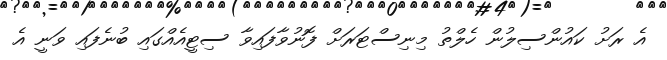
އެ ރަށު ކައުންސިލުން ހެލްތު މިނިސްޓަރަށް ފޮނުވާފައިވާ ސިޓީއެއްގައި ބުނެފައި ވަނީ އެ